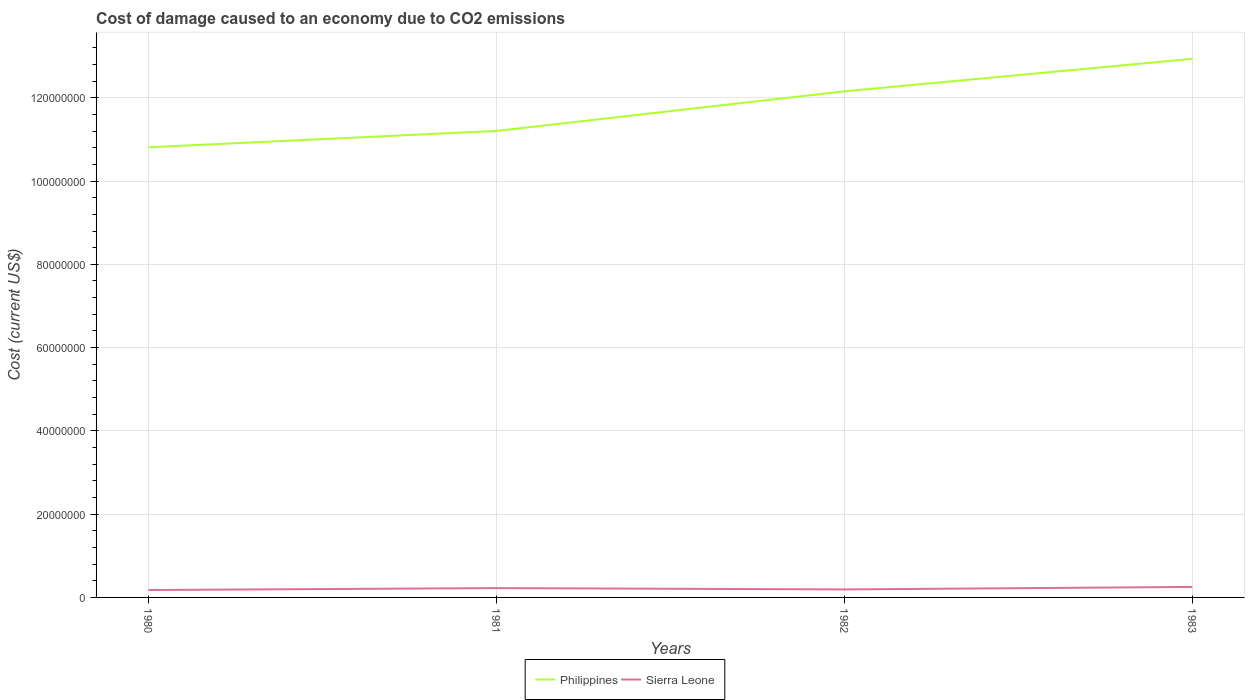
| Years | Philippines | Sierra Leone |
 | --- | --- | --- |
 | 1980 | 1.08e+08 | 1.78e+06 |
 | 1981 | 1.12e+08 | 2.24e+06 |
 | 1982 | 1.22e+08 | 1.92e+06 |
 | 1983 | 1.29e+08 | 2.52e+06 |